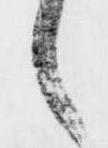
候